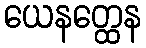
ယေနတ္ထေန